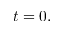
t = 0 ,